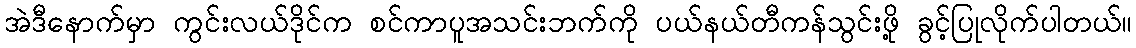
အဲဒီနောက်မှာ ကွင်းလယ်ဒိုင်က စင်ကာပူအသင်းဘက်ကို ပယ်နယ်တီကန်သွင်းဖို့ ခွင့်ပြုလိုက်ပါတယ်။